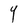
Character: Y